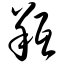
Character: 羝